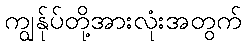
ကျွန်ုပ်တို့အားလုံးအတွက်